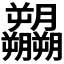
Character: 𬂚